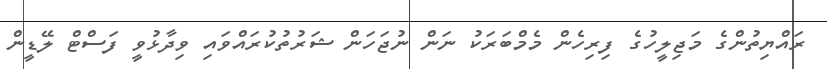
ރައްޔިތުންގެ މަޖިލީހުގެ ފިރިހެން މެމްބަރަކު ނަން ނުޖަހަން ޝަރުތުކުރައްވައި ވިދާޅުވީ ފަސްޓް ލޭޑީން